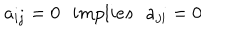
LaTeX: a _ { i j } = 0 \: \: \: i m p l i e s \: \: \: a _ { j i } = 0